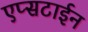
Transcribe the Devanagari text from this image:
एप्सटाईन